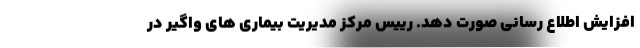
افزایش اطلاع رسانی صورت دهد. رییس مرکز مدیریت بیماری های واگیر در